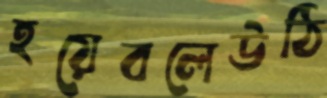
হয়েবলেউঠি